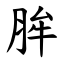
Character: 䏬